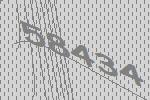
58434